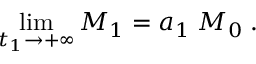
\operatorname * { l i m } _ { t _ { 1 } \rightarrow + \infty } { \cal { M } } _ { 1 } = a _ { 1 } \; { \cal { M } } _ { 0 } \; .